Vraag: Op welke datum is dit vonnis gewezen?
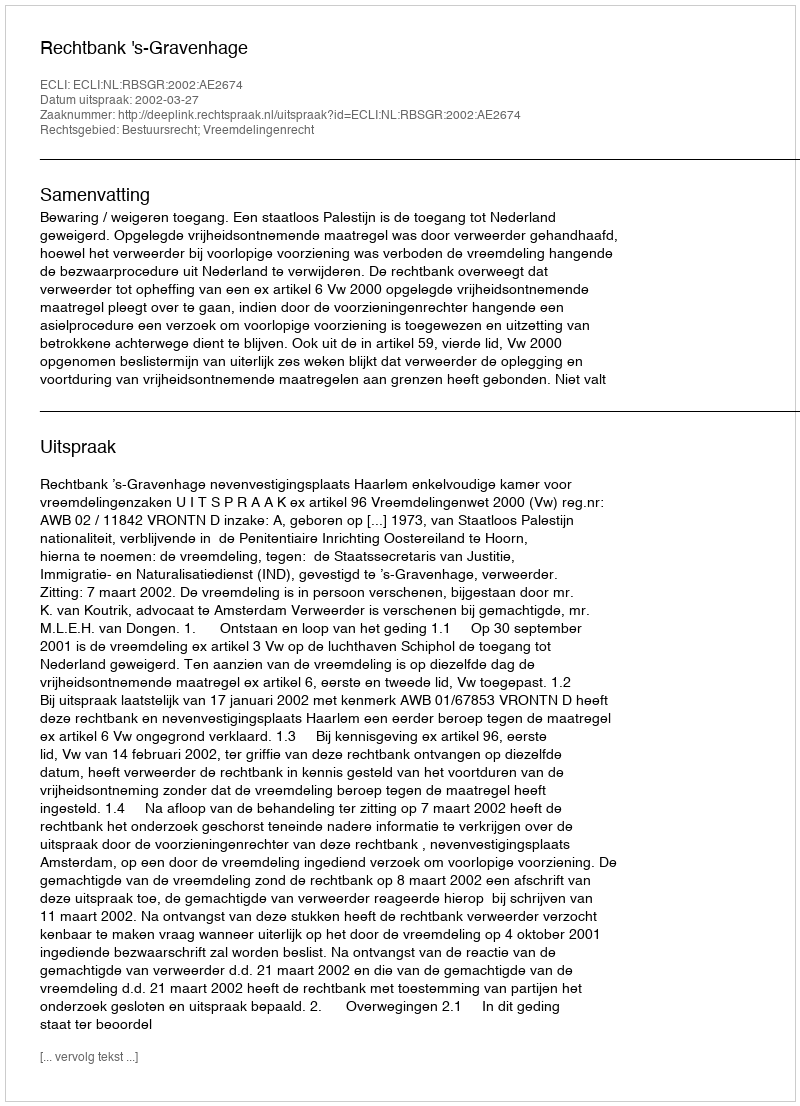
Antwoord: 2002-03-27